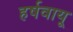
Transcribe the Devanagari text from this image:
हर्षवायू